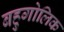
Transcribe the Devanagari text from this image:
बहुगोलिक